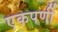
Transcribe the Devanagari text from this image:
एकपर्णी